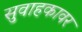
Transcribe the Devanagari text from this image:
सुवाहकावर